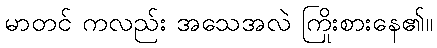
မာတင် ကလည်း အသေအလဲ ကြိုးစားနေ၏။